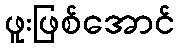
ဖူးဖြစ်အောင်